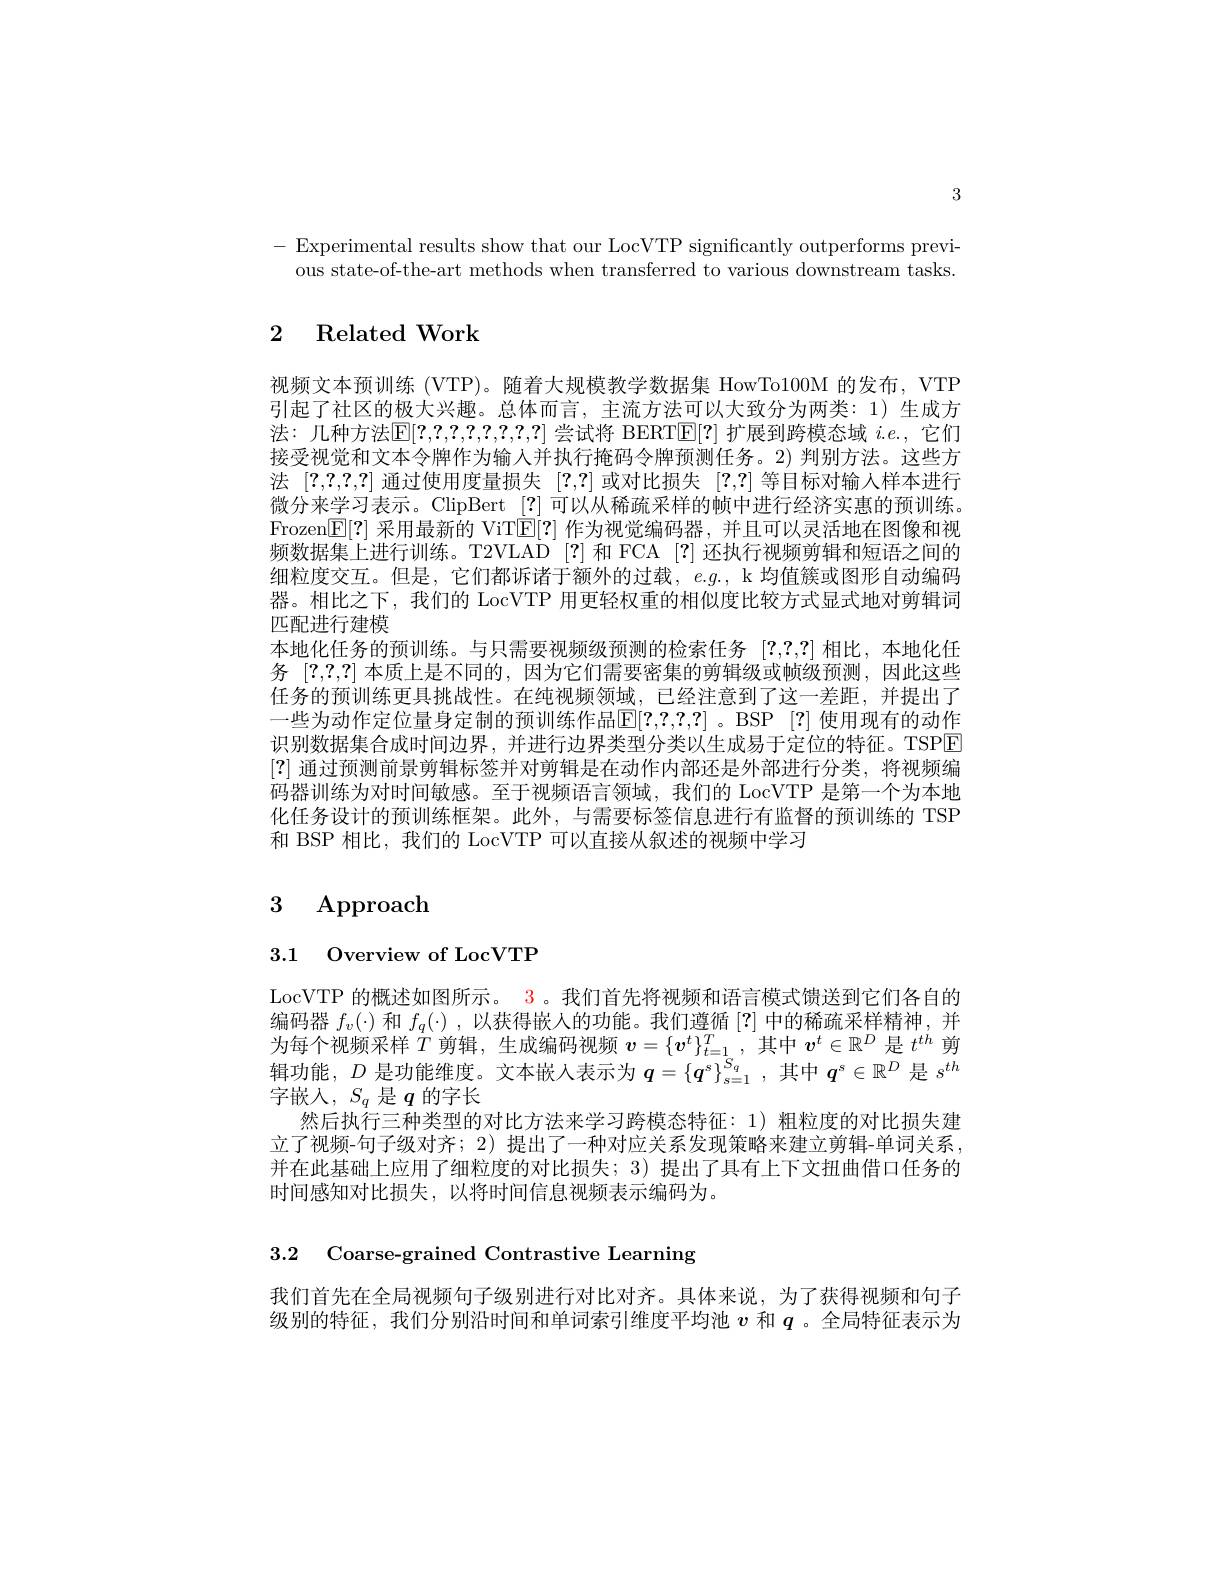
3

- Experimental results show that our LocVTP significantly outperforms previ-
ous state-of-the-art methods when transferred to various downstream tasks

## 2 Related Work

视频文本预训练 (VTP)。随着大规模教学数据集 HowTo100M 的发布，VTP 引起了社区的极大兴趣。总体而言，主流方法可以大致分为两类：1)生成方法：几种方法$\mathbb{E}[?,?,?,?,?,?,?,?]$尝试将 BERTE[?]扩展到跨模态域$i.e.$,它们接受视觉和文本令牌作为输入并执行掩码令牌预测任务。2) 判别方法。这些方法 [?,?,?,?] 通过使用度量损失 [?,?] 或对比损失 [?,?] 等目标对输人样本进行微分来学习表示。ClipBert [?]可以从稀疏采样的帧中进行经济实惠的预训练。Frozen[E]?] 采用最新的 ViTE[?] 作为视觉编码器，并且可以灵活地在图像和视频数据集上进行训练。T2VLAD [?] 和 FCA [?] 还执行视频剪辑和短语之间的细粒度交互。但是，它们都诉诸于额外的过载，$e.g.$, k 均值簇或图形自动编码器。相比之下，我们的 LocVTP 用更轻权重的相似度比较方式显式地对剪辑词匹配进行建模
本地化任务的预训练。与只需要视频级预测的检索任务[?,?,?]相比，本地化任务[?,?,?]本质上是不同的，因为它们需要密集的剪辑级或帧级预测，因此这些任务的预训练更具挑战性。在纯视频领域，已经注意到了这一差距，并提出了一些为动作定位量身定制的预训练作品$\mathbb{E}[?,?,?,?]$。BSP [?] 使用现有的动作识别数据集合成时间边界，并进行边界类型分类以生成易于定位的特征。TSPE [?]通过预测前景剪辑标签并对剪辑是在动作内部还是外部进行分类，将视频编码器训练为对时间敏感。至于视频语言领域，我们的 LocVTP 是第一个为本地化任务设计的预训练框架。此外，与需要标签信息进行有监督的预训练的 TSH 和 BSP 相比，我们的 LocVTP 可以直接从叙述的视频中学习

# 3 Approach

3.1 Overview of LocVTP

LocVTP 的概述如图所示。3。我们首先将视频和语言模式馈送到它们各自的编码器$f_v(\cdot)$和$f_q(\cdot)$,以获得嵌入的功能。我们遵循[?]中的稀疏采样精神，并为每个视频采样$\dot{T}$剪辑，生成编码视频$\boldsymbol v=\{\boldsymbol v^t\}_t=1_{\mathfrak{c}}^T$,其中$\boldsymbol v^t\in\mathbb{R}^D$是$t^th$剪辑功能，$D$是功能维度。文本嵌入表示为$q=\{q^s\}_{s=1}^{S_q}$,其中$q^s\in\mathbb{R}^D$是$s^th$ 字嵌入$,S_q$ 是$q$ 的字长
然后执行三种类型的对比方法来学习跨模态特征：1) 粗粒度的对比损失建立了视频-句子级对齐；2) 提出了一种对应关系发现策略来建立剪辑-单词关系并在此基础上应用了细粒度的对比损失；3) 提出了具有上下文扭曲借口任务的时间感知对比损失，以将时间信息视频表示编码为。

3.2 Coarse-grained Contrastive Learning

我们首先在全局视频句子级别进行对比对齐。具体来说，为了获得视频和句子级别的特征，我们分别沿时间和单词索引维度平均池$v$和$q$ 。全局特征表示为